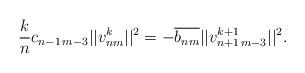
LaTeX: \begin{align*} \frac{k}{n}c_{n-1\,m-3}||v_{nm}^k||^2= -\overline{b_{nm}}||v_{n+1\,m-3}^{k+1}||^2.\end{align*}